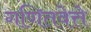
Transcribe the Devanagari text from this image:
गणितवेत्ते